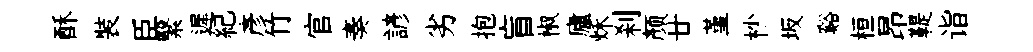
酥裝臣繄遲紀彥竹官奏諺劣抱盲椒廬秌刹颜廿堇杪坂谿桓昂鞮诣